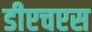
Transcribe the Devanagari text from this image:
डीएचएस